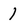
Character: 1